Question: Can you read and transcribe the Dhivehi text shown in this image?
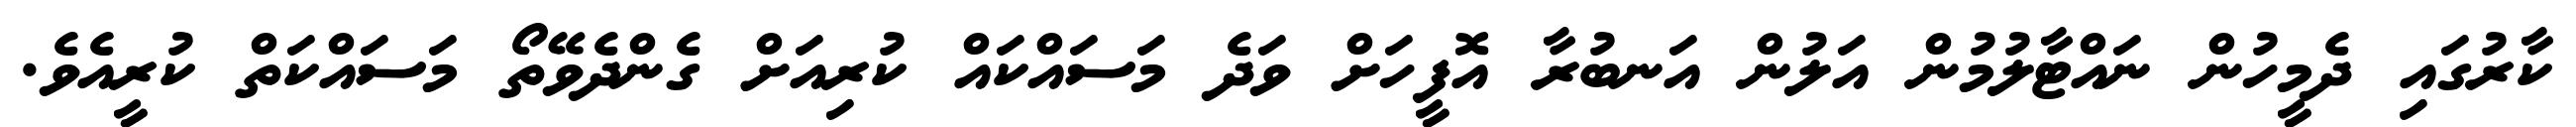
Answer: ކާރުގައި ދެމީހުން ނައްޓާލުމުން އަލުން އަނބުރާ އޮފީހަށް ވަދެ މަސައްކައް ކުރިއަށް ގެންދެވޭތޯ މަސައްކަތް ކުރީއެވެ.